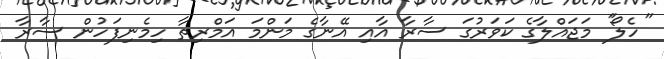
''ހެލޯ'' މަޖައްލާގެ ކަވަރުގަ ސާރާ އާއި އޭނާގެ މަންމަ އަމްރިތާ ހިމެނިފަހުން ސާރާ